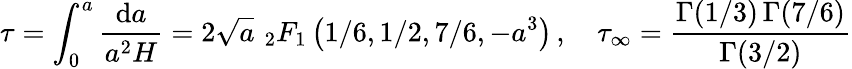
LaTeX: \tau=\int_{0}^{a}\frac{\mathrm{d}a}{a^{2}H}=2\sqrt{a}\, \, {}_{2}F_{1}\left({1}/{6},{1}/{2},{7}/{6},-a^{3}\right)\, ,\quad\tau_{\infty}=\frac{\Gamma(1/3)\, \Gamma(7/6)}{\Gamma(3/2)}